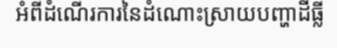
អំពីដំណើរការនៃដំណោះស្រាយបញ្ហាដីធ្លី